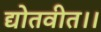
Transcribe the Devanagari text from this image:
द्योतवीत।।